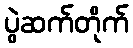
ပွဲဆက်တိုက်